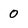
Character: 0